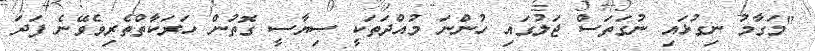
"މަގާމު ނިގުޅައި ނުގަތަސް ޖަލުގައި ހުންނަ މުއްދަތަކީ ސިޔާސީ ގޮތުން ހަރަކާތްތެރިވެވޭނެ ފަދަ